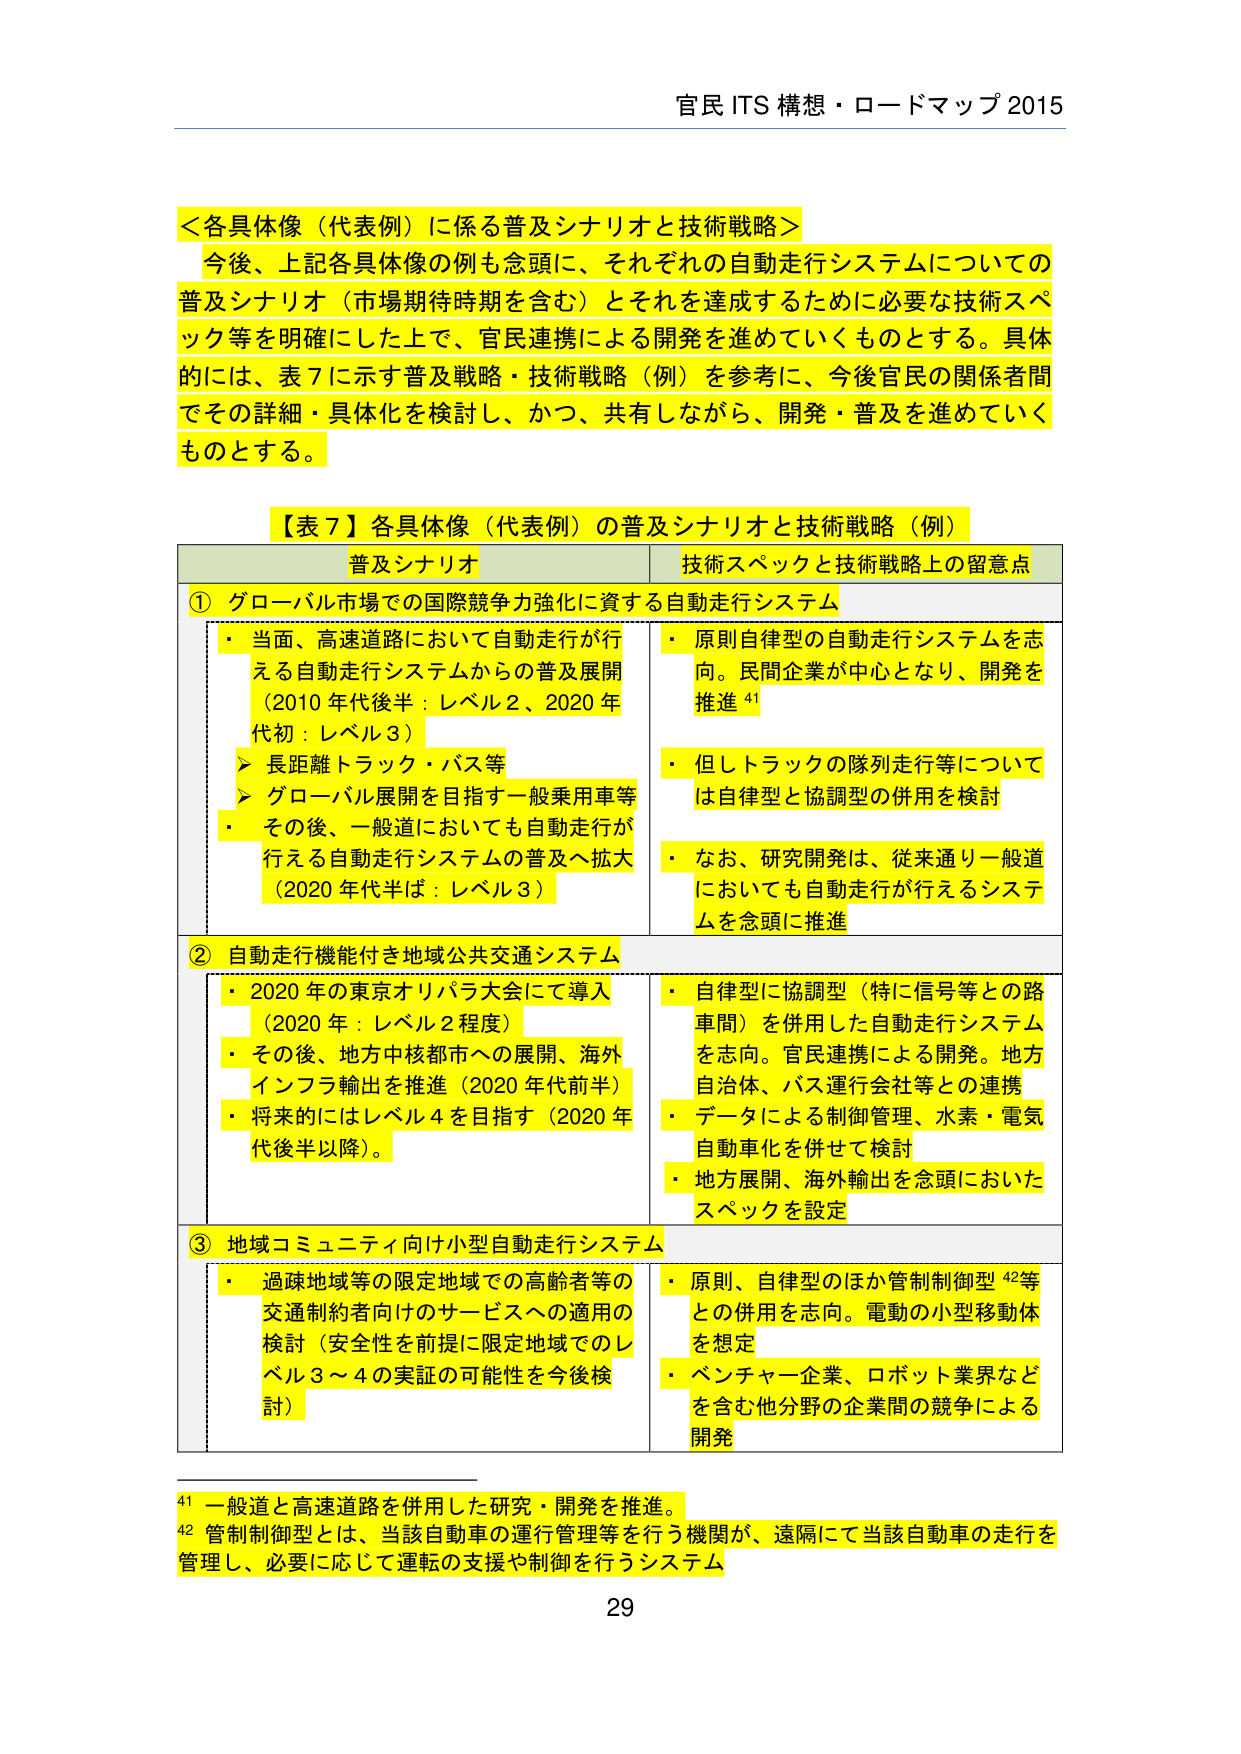
官民 ITS 構想・ロードマップ 2015

＜各具体像（代表例）に係る普及シナリオと技術戦略＞
今後、上記各具体像の例も念頭に、それぞれの自動走行システムについての
普及シナリオ（市場期待時期を含む）とそれを達成するために必要な技術スペ
ック等を明確にした上で、官民連携による開発を進めていくものとする。具体的には、表7に示す普及戦略・技術戦略（例）を参考に、今後官民の関係者間
でその詳細・具体化を検討し、かつ、共有しながら、開発・普及を進めていく
ものとする。

【表7】各具体像（代表例）の普及シナリオと技術戦略（例）
普及シナリオ 技術スペックと技術戦略上の留意点
① グローバル市場での国際競争力強化に資する自動走行システム
・ 当面、高速道路において自動走行が行
える自動走行システムからの普及展開
（2010年代後半：レベル2、2020年
代初：レベル3）
　　➤ 長距離トラック・バス等
　　➤ グローバル展開を目指す一般乗用車等
・ その後、一般道においても自動走行が
行える自動走行システムの普及へ拡大
（2020年代半ば：レベル3）
・ 原則自律型の自動走行システムを志
向。民間企業が中心となり、開発を
推進 41
・ 但しトラックの隊列走行等について
は自律型と協調型の併用を検討
・ なお、研究開発は、従来通り一般道
においても自動走行が行えるシステ
ムを念頭に推進

② 自動走行機能付き地域公共交通システム
・ 2020年の東京オリンピック大会にて導入
（2020年：レベル2程度）
・ その後、地方中核都市への展開、海外
インフラ輸出を推進（2020年代前半）
・ 将来的にはレベル4を目指す（2020年
代後半以降）。
・ 自律型に協調型（特に信号等との路
車間）を併用した自動走行システム
を志向。官民連携による開発。地方
自治体、バス運行会社等との連携
・ データによる制御管理、水素・電気
自動車化を併せて検討
・ 地方展開、海外輸出を念頭においた
スペックを設定

③ 地域コミュニティ向け小型自動走行システム
・ 過疎地域等の限定地域での高齢者等の
交通制約者向けのサービスへの適用の
検討（安全性を前提に限定地域でのレ
ベル3～4の実証の可能性を今後検
討）
・ 原則、自律型のほか管制制御型 42等
との併用を志向。電動の小型移動体
を想定
・ ベンチャー企業、ロボット業界など
を含む他分野の企業間の競争による
開発

41 一般道と高速道路を併用した研究・開発を推進。
42 管制制御型とは、当該自動車の運行管理等を行う機関が、遠隔にて当該自動車の走行を
管理し、必要に応じて運転の支援や制御を行うシステム

29